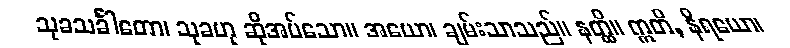
သုခသင်္ခါတော၊ သုခဟု ဆိုအပ်သော။ အယော၊ ချမ်းသာသည်။ နတ္ထိ။ ဣတိ, နိရယော၊